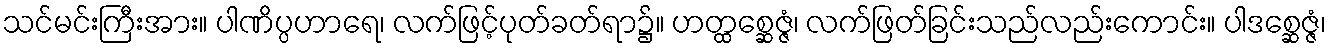
သင်မင်းကြီးအား။ ပါဏိပ္ပဟာရေ၊ လက်ဖြင့်ပုတ်ခတ်ရာ၌။ ဟတ္ထစ္ဆေဇ္ဇံ၊ လက်ဖြတ်ခြင်းသည်လည်းကောင်း။ ပါဒစ္ဆေဇ္ဇံ၊